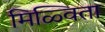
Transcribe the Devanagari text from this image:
मिळ्विता